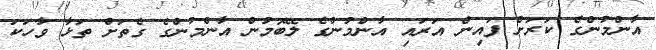
އާންމުންގެ ކަރަށް ފައިން އަރައި އާންމުންގެ ލޭބޮމުން އާންމުންގެ ގެތަށް ތަޅާ ވާހަކަ